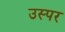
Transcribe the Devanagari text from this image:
उस्पर